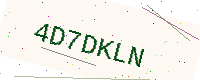
Text: 4D7DKLN